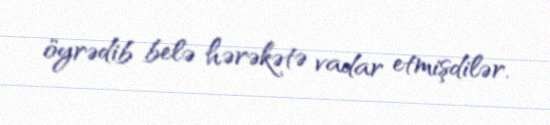
öyrədib belə hərəkətə vadar etmişdilər.